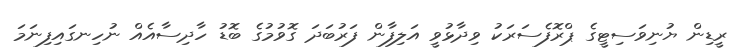
ރީޑިން ޔުނިވަސިޓީގެ ޕްރޮފެސަރަކު ވިދާޅުވީ އަލިފާން ފަރުބަދަ ގޮވުމުގެ ބޮޑު ހާދިސާއެއް ނުހިނގައިފިނަމަ